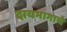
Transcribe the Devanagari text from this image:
दायभागाचे